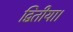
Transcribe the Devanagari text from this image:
द्वितीया।